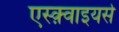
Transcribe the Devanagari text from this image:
एस्क़्वाइयर्स